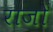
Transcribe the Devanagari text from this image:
राजो